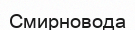
Смирновода